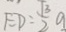
E D = \frac { \sqrt { 3 } } { 2 } a